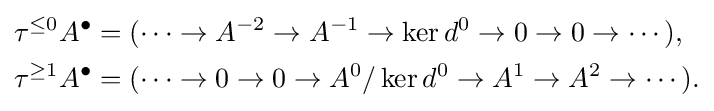
{\begin{aligned}\tau ^{\leq 0}A^{\bullet }&=(\cdots \to A^{-2}\to A^{-1}\to \ker d^{0}\to 0\to 0\to \cdots ),\\\tau ^{\geq 1}A^{\bullet }&=(\cdots \to 0\to 0\to A^{0}/\ker d^{0}\to A^{1}\to A^{2}\to \cdots ).\end{aligned}}